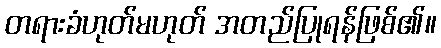
တရားခံဟုတ်မဟုတ် အတည်ပြုရန်ဖြစ်၏။